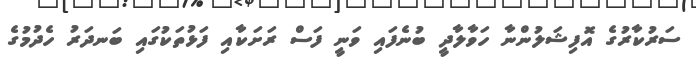
ސަރުކާރުގެ އޮފިޝަލުންނާ ހަވާލާދީ ބުނެފައި ވަނީ ފަސް ރަށަކާއި ފަޅުތަކުގައި ބަނދަރު ހެދުމުގެ